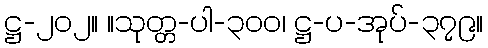
ဋ္ဌ-၂၀၂။ ။သုတ္တ-ပါ-၃၀၀၊ ဋ္ဌ-ပ-အုပ်-၃၇၉။